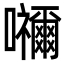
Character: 𭌹